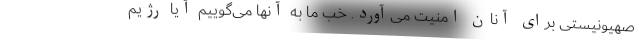
صهیونیستی برای آنان امنیت می‌آورد. خب ما به آنها می‌گوییم آیا رژیم